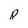
Character: p